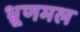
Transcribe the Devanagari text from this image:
भ्रूणमल